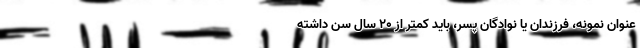
عنوان نمونه، فرزندان یا نوادگان پسر، باید کمتر از ۲۰ سال سن داشته